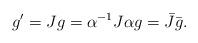
LaTeX: \begin{align*}g^\prime=Jg=\alpha^{-1}J\alpha g=\bar J\bar g.\end{align*}